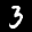
Label: 3